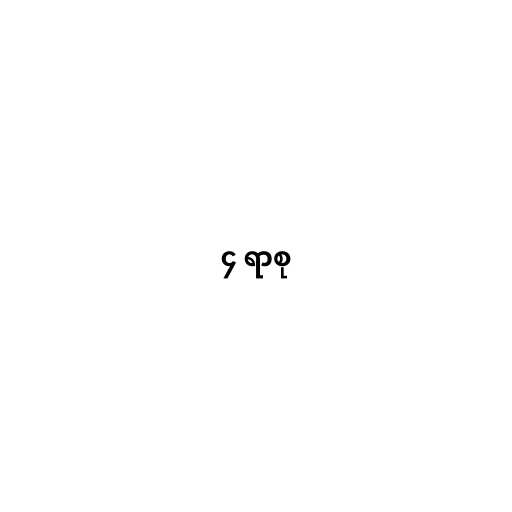
၄ ရာစု